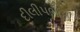
દીલીપભાઈ